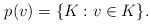
LaTeX: \begin{align*}p(v) = \{K: v \in K\}. \end{align*}